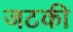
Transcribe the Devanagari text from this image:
जटकी